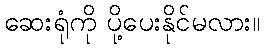
ဆေးရုံကို ပို့ပေးနိုင်မလား။